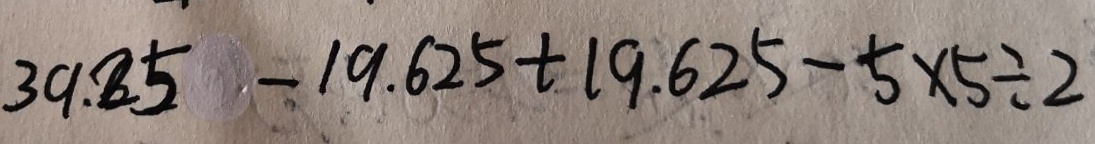
3 9 . 2 5 - 1 9 . 6 2 5 + 1 9 . 6 2 5 - 5 \times 5 \div 2